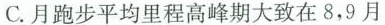
C.月跑步平均里程高峰期大致在8，9月